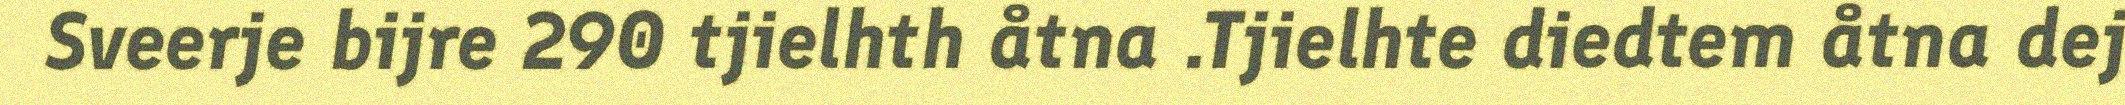
Sveerje bijre 290 tjielhth åtna .Tjielhte diedtem åtna dej